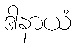
ဒါနာယံ